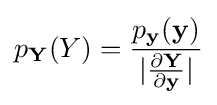
p_{\mathbf {Y} }(Y)={\frac {p_{\mathbf {y} }(\mathbf {y} )}{|{\frac {\partial \mathbf {Y} }{\partial \mathbf {y} }}|}}